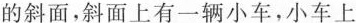
的斜面，斜面上有一辆小车，小车上